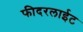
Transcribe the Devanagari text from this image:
फीदरलाईट